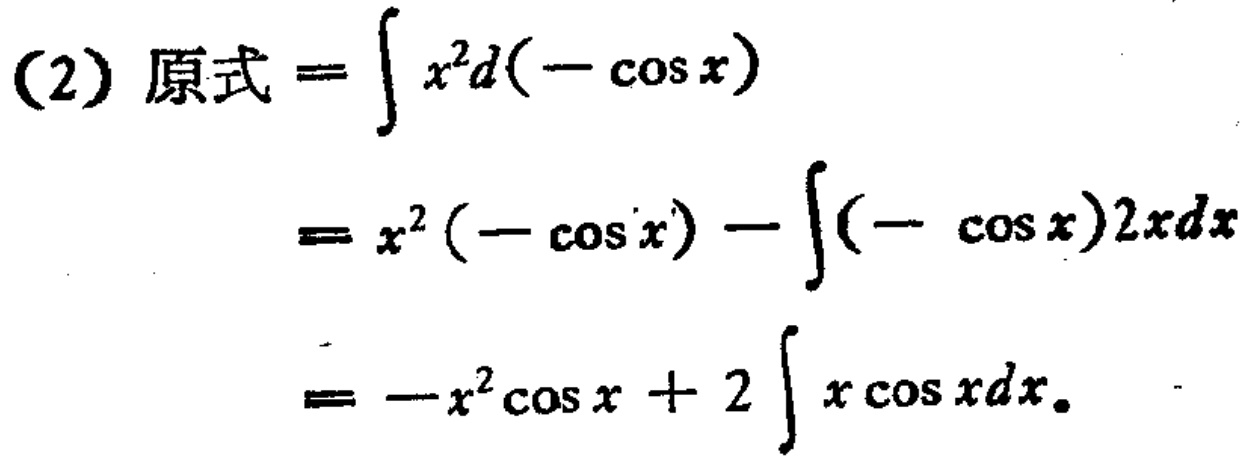
(2) 原式 \(=\int x^{2}d(-\cos x)\)
\(=x^{2}(-\cos x)-\int(-\cos x)2xdx\)
\(=-x^{2}\cos x + 2\int x\cos xdx\)